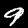
Digit: 9